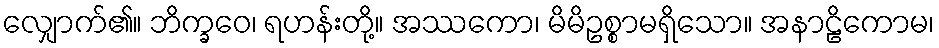
လျှောက်၏။ ဘိက္ခဝေ၊ ရဟန်းတို့။ အဿကော၊ မိမိဥစ္စာမရှိသော။ အနာဠိကောမ၊